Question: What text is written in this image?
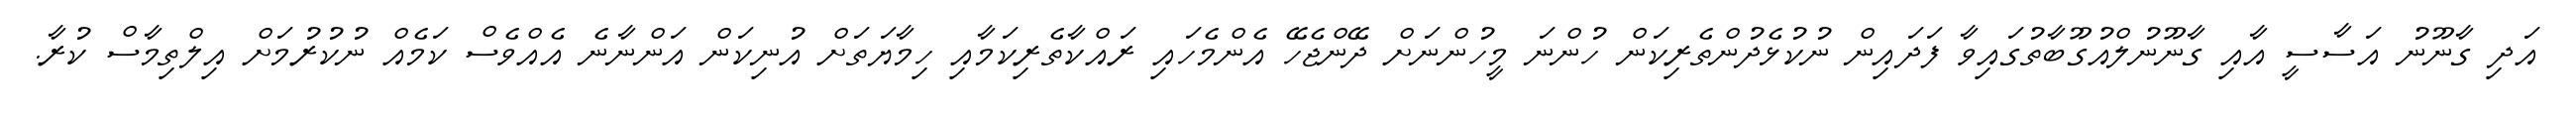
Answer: އަދި ގާނޫނު އަސާސީ އާއި ގާނޫނުލްއުގޫބާތުގައިވާ ފަދައިން ނުކުޅެދުންތެރިކަން ހުންނަ މީހުންނަށް ދޭންޖެހޭ އެންމެހައި ރައްކާތެރިކަމާއި ހިމާޔަތަށް އުނިކަން އަންނާނެ އެއްވެސް ކަމެއް ނުކުރުމަށް އިލްތިމާސް ކުރާ.